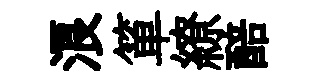
浪箪繚醅